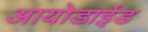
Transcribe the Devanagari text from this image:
आयोडाईड